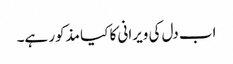
اب دل کی ویرانی کا کیا مذکور ہے۔